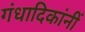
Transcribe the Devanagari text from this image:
गंधादिकांनीं